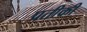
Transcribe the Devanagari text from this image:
प्रतीकी